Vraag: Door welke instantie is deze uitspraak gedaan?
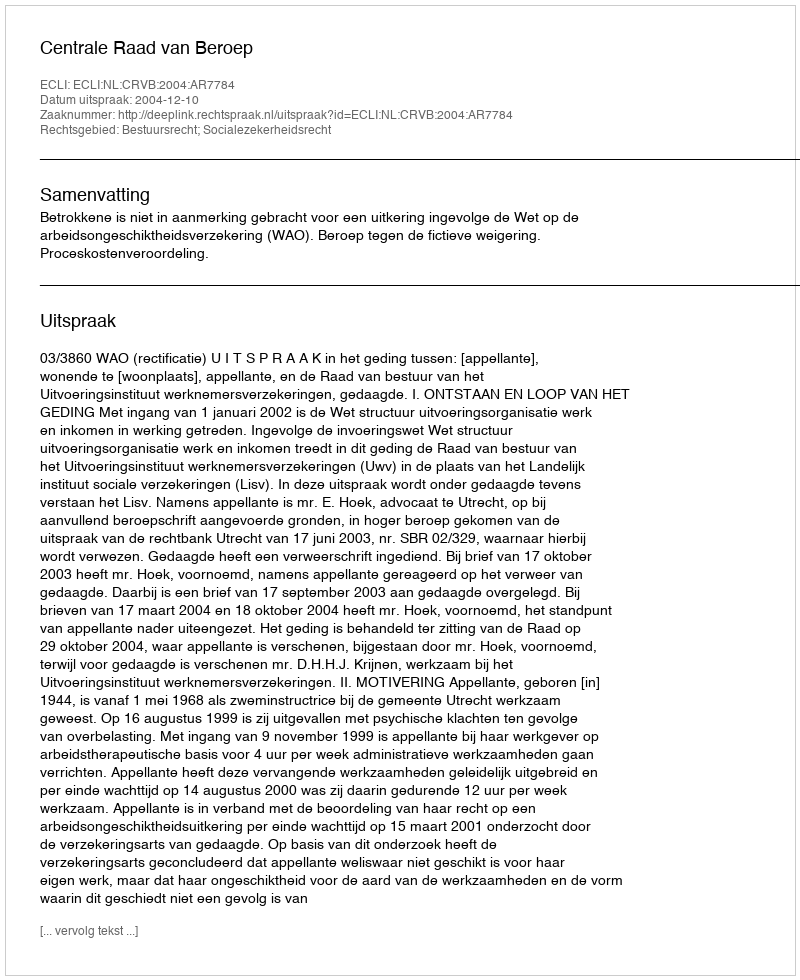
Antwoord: Centrale Raad van Beroep